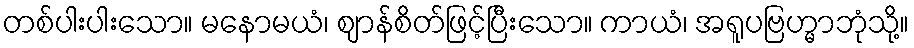
တစ်ပါးပါးသော။ မနောမယံ၊ ဈာန်စိတ်ဖြင့်ပြီးသော။ ကာယံ၊ အရူပဗြဟ္မာဘုံသို့။